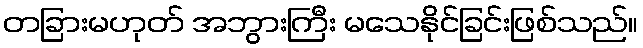
တခြားမဟုတ် အဘွားကြီး မသေနိုင်ခြင်းဖြစ်သည်။